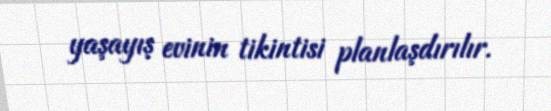
yaşayış evinin tikintisi planlaşdırılır.